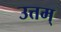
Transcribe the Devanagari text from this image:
उत्तम्